Vaccination report Assam 1874-1896 - 1874-1896
Year: 1874
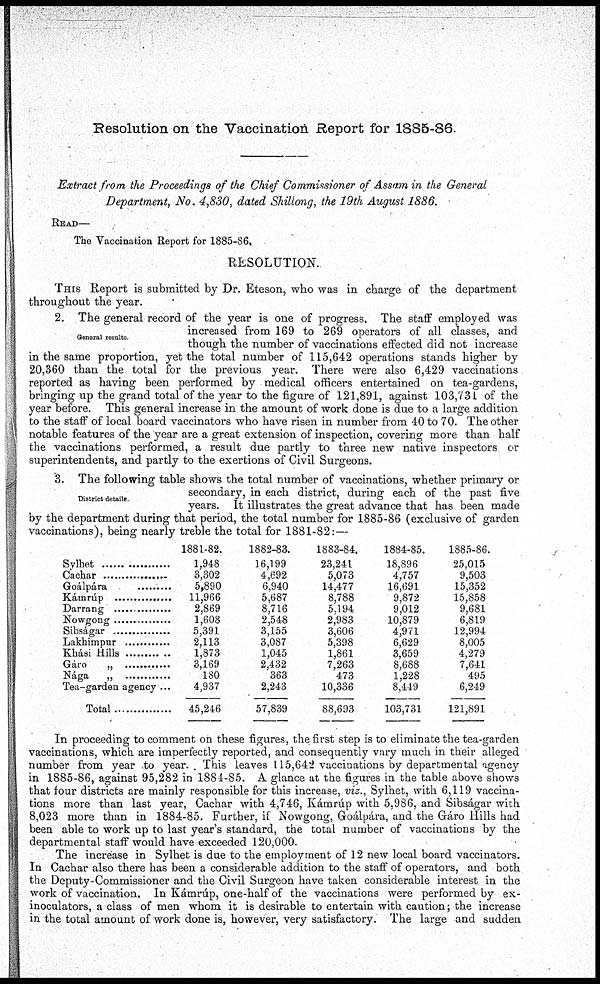
Resolution on the Vaccination Report for 1885-86.
Extract from the Proceedings of the Chief Commissioner of Assam in the General
Department, No. 4,830, dated Shillong, the 19th August 1886.
READ—
The Vaccination Report for 1885-86,
RESOLUTION.
THIS Report is submitted by Dr. Eteson, who was in charge of the department
throughout the year.
General results
2. The general record of the year is one of progress. The staff employed was
increased from 169 to 269 operators of all classes, and
though the number of vaccinations effected did not increase
in the same proportion, yet the total number of 115,642 operations stands higher by
20,360 than the total for the previous year. There were also 6,429 vaccinations
reported as having been performed by medical officers entertained on tea-gardens,
bringing up the grand total of the year to the figure of 121,891, against 103,731 of the
year before. This general increase in the amount of work done is due to a large addition
to the staff of local board vaccinators who have risen in number from 40 to 70. The other
notable features of the year are a great extension of inspection, covering more than half
the vaccinations performed, a result due partly to three new native inspectors or
superintendents, and partly to the exertions of Civil Surgeons.
District details.
3. The following table shows the total number of vaccinations, whether primary or
secondary, in each district, during each of the past five
years. It illustrates the great advance that has been made
by the department during that period, the total number for 1885-86 (exclusive of garden
vaccinations), being nearly treble the total for 1881-82:—
Sylhet......
..............
Cachar..............
Goálpára..............
Kámrúp..............
Darrang..............
Nowgong..............
Sibságar..............
Lakhimpur..............
Khási Hills..............
Gáro „ ..............
Nága „ ..............
Tea-garden agency ...
Total..............
1881-82.
1,948
3,302
5,890
11,966
2,869
1,608
5,391
2,113
1,873
3,169
180
4,937
45,246
1882-83.
16,199
4,692
6,940
5,687
8,716
2,548
3,155
3,087
1,045
2,432
363
2,243
57,839
1883-84.
23,241
5,073
14,477
8,788
5,194
2,983
3,606
5,398
1,861
7,263
473
10,336
88,693
1884-85.
18,896
4,757
16,691
9,872
9,012
10,879
4,971
6,629
3,659
8,688
1,228
8,449
103,731
1885-86.
25,015
9,503
15,352
15,858
9,681
6,819
12,994
8,005
4,279
7,641
495
6,249
121,891
In proceeding to comment on these figures, the first step is to eliminate the tea-garden
vaccinations, which are imperfectly reported, and consequently vary much in their alleged
number from year to year.. This leaves 115,642 vaccinations by departmental agency
in 1885-86, against 95,282 in 1884-85. A glance at the figures in the table above shows
that four districts are mainly responsible for this increase, viz., Sylhet, with 6,119 vaccina-
tions more than last year, Cachar with 4,746, Kámrúp with 5,986, and Sibságar with
8,023 more than in 1884-85. Further, if Nowgong, Groálpára, and the Gáro Hills had
been able to work up to last year's standard, the total number of vaccinations by the
departmental staff would have exceeded 120,000.
The increase in Sylhet is due to the employment of 12 new local board vaccinators.
In Cachar also there has been a considerable addition to the staff of operators, and both
the Deputy-Commissioner and the Civil Surgeon have taken considerable interest in the
work of vaccination. In Kámrúp, one-half of the vaccinations were performed by ex-
inoculators, a class of men whom it is desirable to entertain with caution; the increase
in the total amount of work done is, however, very satisfactory. The large and sudden